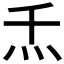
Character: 𰝻